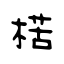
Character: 楛